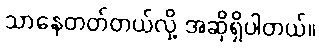
သာနေတတ်တယ်လို့ အဆိုရှိပါတယ်။